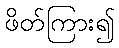
ဖိတ်ကြား၍